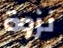
نزوة